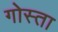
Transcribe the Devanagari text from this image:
गोस्ता